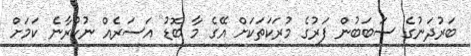
ބަރުދަނުގެ ސަބަބުން ފަރުގެ މުރަކަތަކަށް އޭގެ މާ ބޮޑު އަސަރެއް ނުކުރާނެ ކަމަށް